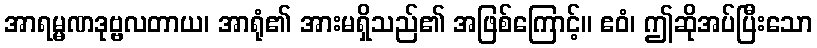
အာရမ္မဏဒုဗ္ဗလတာယ၊ အာရုံ၏ အားမရှိသည်၏ အဖြစ်ကြောင့်။ ဧဝံ၊ ဤဆိုအပ်ပြီးသော